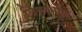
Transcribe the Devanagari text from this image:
विसरभोळे